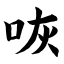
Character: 咴